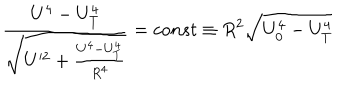
\frac { U ^ { 4 } - U _ { T } ^ { 4 } } { \sqrt { U ^ { \prime 2 } + \frac { U ^ { 4 } - U _ { T } ^ { 4 } } { R ^ { 4 } } } } = c o n s t \equiv R ^ { 2 } \sqrt { U _ { 0 } ^ { 4 } - U _ { T } ^ { 4 } }